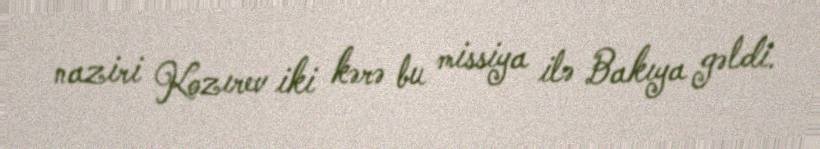
naziri Kozırev iki kərə bu missiya ilə Bakıya gəldi.